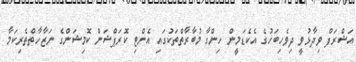
އަޝްރަފް ވިދާޅުވީ ދިވެހިބަހުގެ އެކެޑަމީން ހިންގާ މުބާރާތްތަކުގައި އެންޓި ކޮރަޕްޝަން ކޮމިޝަންގެ ނަޒާހާތްތެރިކަމާ